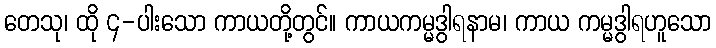
တေသု၊ ထို ၄-ပါးသော ကာယတို့တွင်။ ကာယကမ္မဒွါရနာမ၊ ကာယ ကမ္မဒွါရဟူသော